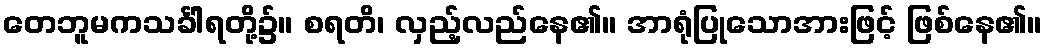
တေဘူမကသင်္ခါရတို့၌။ စရတိ၊ လှည့်လည်နေ၏။ အာရုံပြုသောအားဖြင့် ဖြစ်နေ၏။